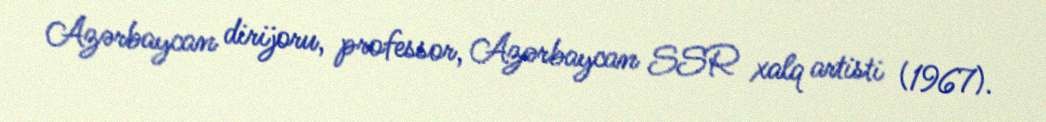
Azərbaycan dirijoru, professor, Azərbaycan SSR xalq artisti (1967).